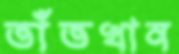
তাঁতখান